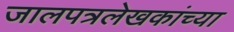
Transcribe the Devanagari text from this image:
जालपत्रलेखकांच्या